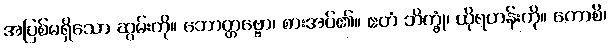
အပြစ်မရှိသော ဆွမ်းကို။ ဘောတ္တဗ္ဗော၊ စားအပ်၏။ ဧတံ ဘိက္ခုံ၊ ထိုရဟန်းကို။ ကောစိ၊